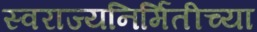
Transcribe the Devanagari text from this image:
स्वराज्यनिर्मितीच्या